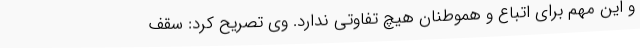
و این مهم برای اتباع و هموطنان هیچ تفاوتی ندارد. وی تصریح کرد: سقف